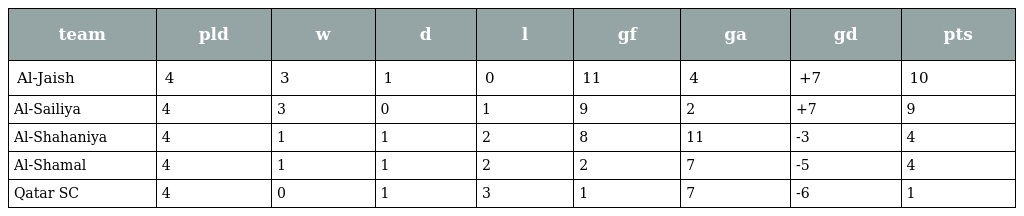
| team | pld | w | d | l | gf | ga | gd | pts |
 | --- | --- | --- | --- | --- | --- | --- | --- | --- |
 | Al-Jaish | 4 | 3 | 1 | 0 | 11 | 4 | +7 | 10 |
 | Al-Sailiya | 4 | 3 | 0 | 1 | 9 | 2 | +7 | 9 |
 | Al-Shahaniya | 4 | 1 | 1 | 2 | 8 | 11 | -3 | 4 |
 | Al-Shamal | 4 | 1 | 1 | 2 | 2 | 7 | -5 | 4 |
 | Qatar SC | 4 | 0 | 1 | 3 | 1 | 7 | -6 | 1 |